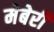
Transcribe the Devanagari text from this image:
मेबेरी